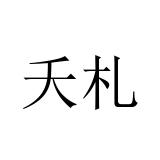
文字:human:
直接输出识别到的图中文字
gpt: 夭札